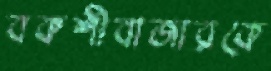
বকশীবাজারকে